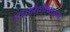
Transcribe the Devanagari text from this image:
रांगोळीपाहून